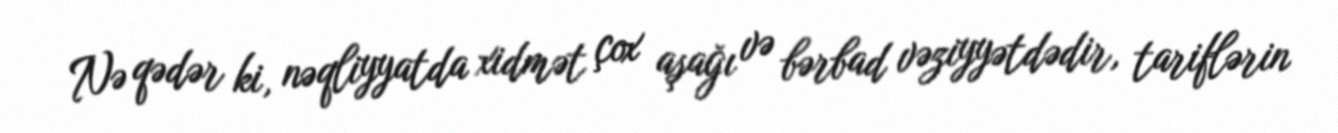
Nə qədər ki, nəqliyyatda xidmət çox aşağı və bərbad vəziyyətdədir, tariflərin